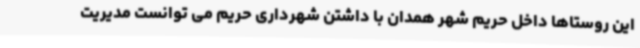
این روستاها داخل حریم شهر همدان با داشتن شهرداری حریم می توانست مدیریت